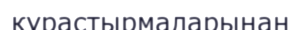
құрастырмаларынан